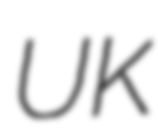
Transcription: UK